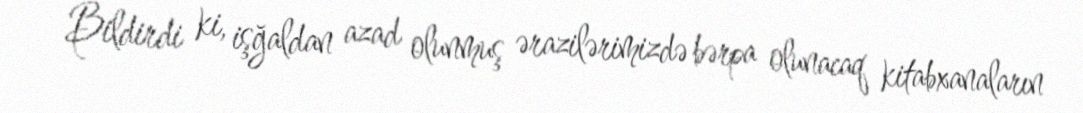
Bildirdi ki, işğaldan azad olunmuş ərazilərimizdə bərpa olunacaq kitabxanaların